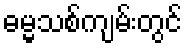
ဓမ္မသစ်ကျမ်းတွင်